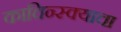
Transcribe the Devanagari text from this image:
काचिन्स्क्याचा